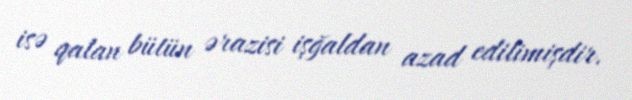
isə qalan bütün ərazisi işğaldan azad edilimişdir.